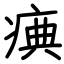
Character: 痶